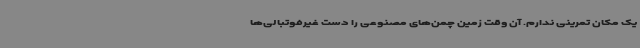
یک مکان تمرینی ندارم. آن وقت زمین چمن‌های مصنوعی را دست غیرفوتبالی‌ها